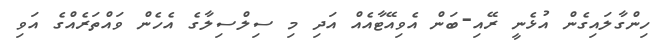
ހިންގާލައިގެން އުޅެނީ ރޭއި-ބަން އެވިއޭޓާއެއް އަދި މި ސިލްސިލާގެ އެހެން ވައްތަރެއްގެ އަވި